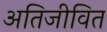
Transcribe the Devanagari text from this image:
अतिजीवित